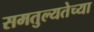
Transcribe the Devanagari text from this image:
समतुल्यतेच्या